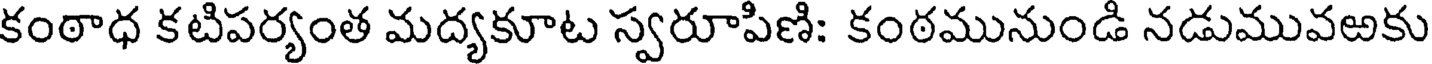
కంఠాధ కటిపర్యంత మద్యకూట స్వరూపిణి: కంఠమునుండి నడుమువఱకు